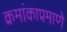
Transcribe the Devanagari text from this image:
क्रमांकाप्रमाणे